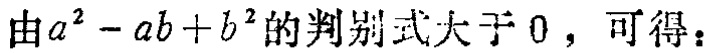
由\(a^{2}-ab + b^{2}\)的判别式大于\(0\)，可得：